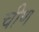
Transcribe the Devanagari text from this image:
चीण